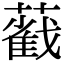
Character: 𦿐